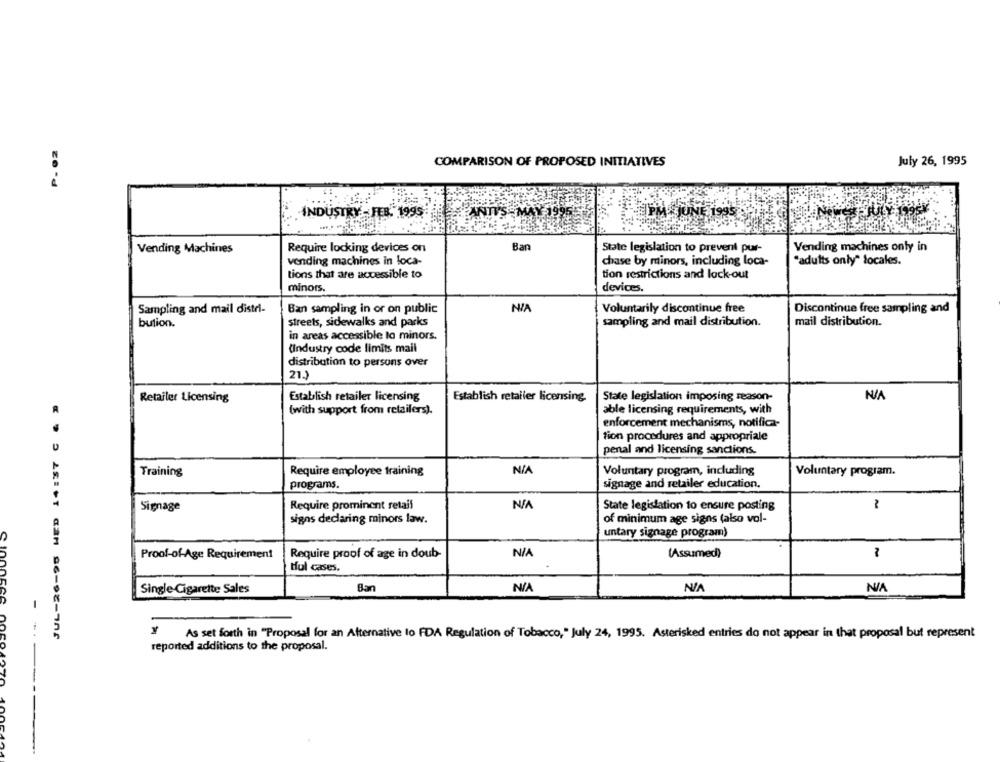
July 26, 1995
COMPARISON OF PROPOSED INITIATIVES
INDUSTRY - FEB. 1995
ANIS- MAY 1995
Vending Machines
Require locking devices on
Ban
State legislation to prevent pur-
Vending machines only in
vending machines in loca-
chase by minors, including loca-
"adults only" locales.
tions that are accessible to
tion restrictions and lock-out
minors.
devices.
Sampling and mail distri-
Ban sampling in or on public
NIA
Voluntarily discontinue free
Discontinue free sampling and
bution.
streets, sidewalks and parks
sampling and mail distribution.
mail distribution.
in areas accessible to minors.
(Industry code limits mail
distribution to persons over
21.)
Establish retailer licensing
State legislation imposing reason-
Retailer Licensing
Establish retailer licensing.
(with support from retailers).
able licensing requirements, with
enforcement mechanisms, notifica-
tion procedures and appropriale
penal and licensing sanctions.
Training
Require employee training
NIA
Voluntary program, including
Voluntary program.
programs.
signage and retailer education.
Signage
Require prominent retail
State legislation to ensure posting
signs declaring minors law.
of minimum age signs (also vol-
untary signage program)
Proof-of-Age Requirement
Require proof of age in doub-
(Assumed)
Hul cases.
Single Cigarette Sales
Ban
y As set forth in "Proposal for an Alternative to FDA Regulation of Tobacco," July 24, 1995. Asterisked entries do not appear in that proposal but represent
reported additions to the proposal.